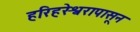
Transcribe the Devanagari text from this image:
हरिहरेश्वरापासून